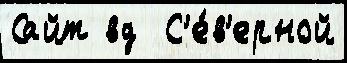
Сайт вд  С'е́в'ерной